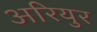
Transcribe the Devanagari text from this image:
अरियुर